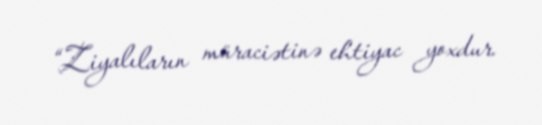
“Ziyalıların müraciətinə ehtiyac yoxdur.